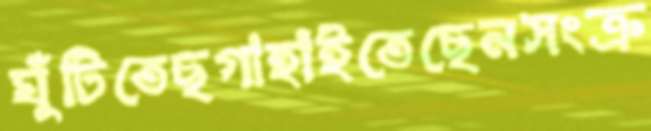
ঘুঁটিতেছগাহাইতেছেনসংক্র